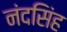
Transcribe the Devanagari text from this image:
नंदसिंह